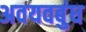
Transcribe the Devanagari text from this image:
अवयवबुंध